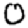
Digit: 0